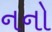
નનો